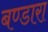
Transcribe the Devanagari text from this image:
बण्डारा